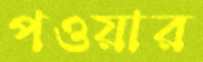
পওয়ার